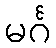
မင်္ဂ